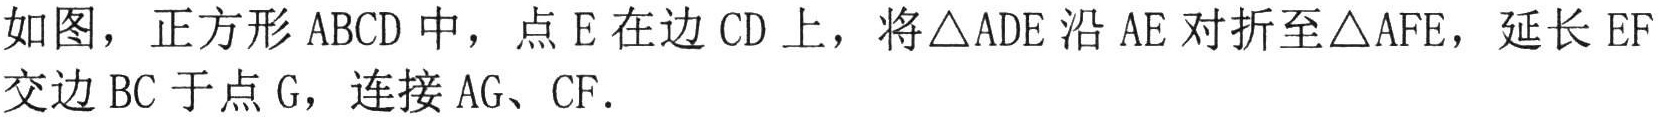
如图，正方形 \(ABCD\) 中，点 \(E\) 在边 \(CD\) 上，将 \(\triangle ADE\) 沿 \(AE\) 对折至 \(\triangle AFE\)，延长 \(EF\) 交边 \(BC\) 于点 \(G\)，连接 \(AG\)、\(CF\)。